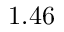
1 . 4 6